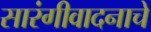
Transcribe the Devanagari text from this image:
सारंगीवादनाचे